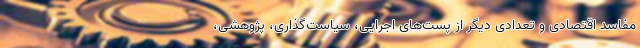
مفاسد اقتصادی و تعدادی دیگر از پست‌های اجرایی، سیاست‌گذاری، پژوهشی،